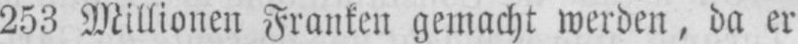
253 Millionen Franken gemacht werden, da er